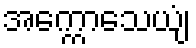
အက္ကောသေယျံ